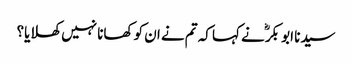
سیدنا ابو بکرؓ نے کہا کہ تم نے ان کو کھانا نہیں کھلایا؟